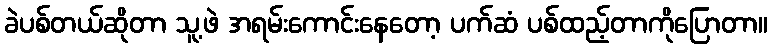
ခဲပစ်တယ်ဆိုတာ သူ့ဖဲ အရမ်းကောင်းနေတော့ ပက်ဆံ ပစ်ထည့်တာကိုပြောတာ။